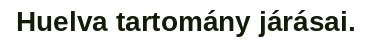
Huelva tartomány járásai.